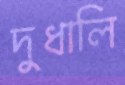
দুধালি